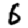
Digit: 6